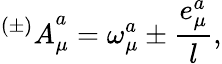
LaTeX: {^{(\pm)}A}_{\mu}^{a}=\omega_{\mu}^{a}\pm{\frac{e_{\mu}^{a}}{l}},